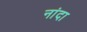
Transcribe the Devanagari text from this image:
नांदा